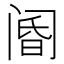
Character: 阍